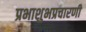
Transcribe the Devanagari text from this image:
प्रभाशुभप्रचारणी